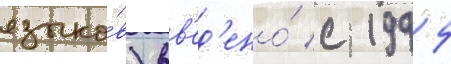
языко́в) вв'ед'ено́ с 1994